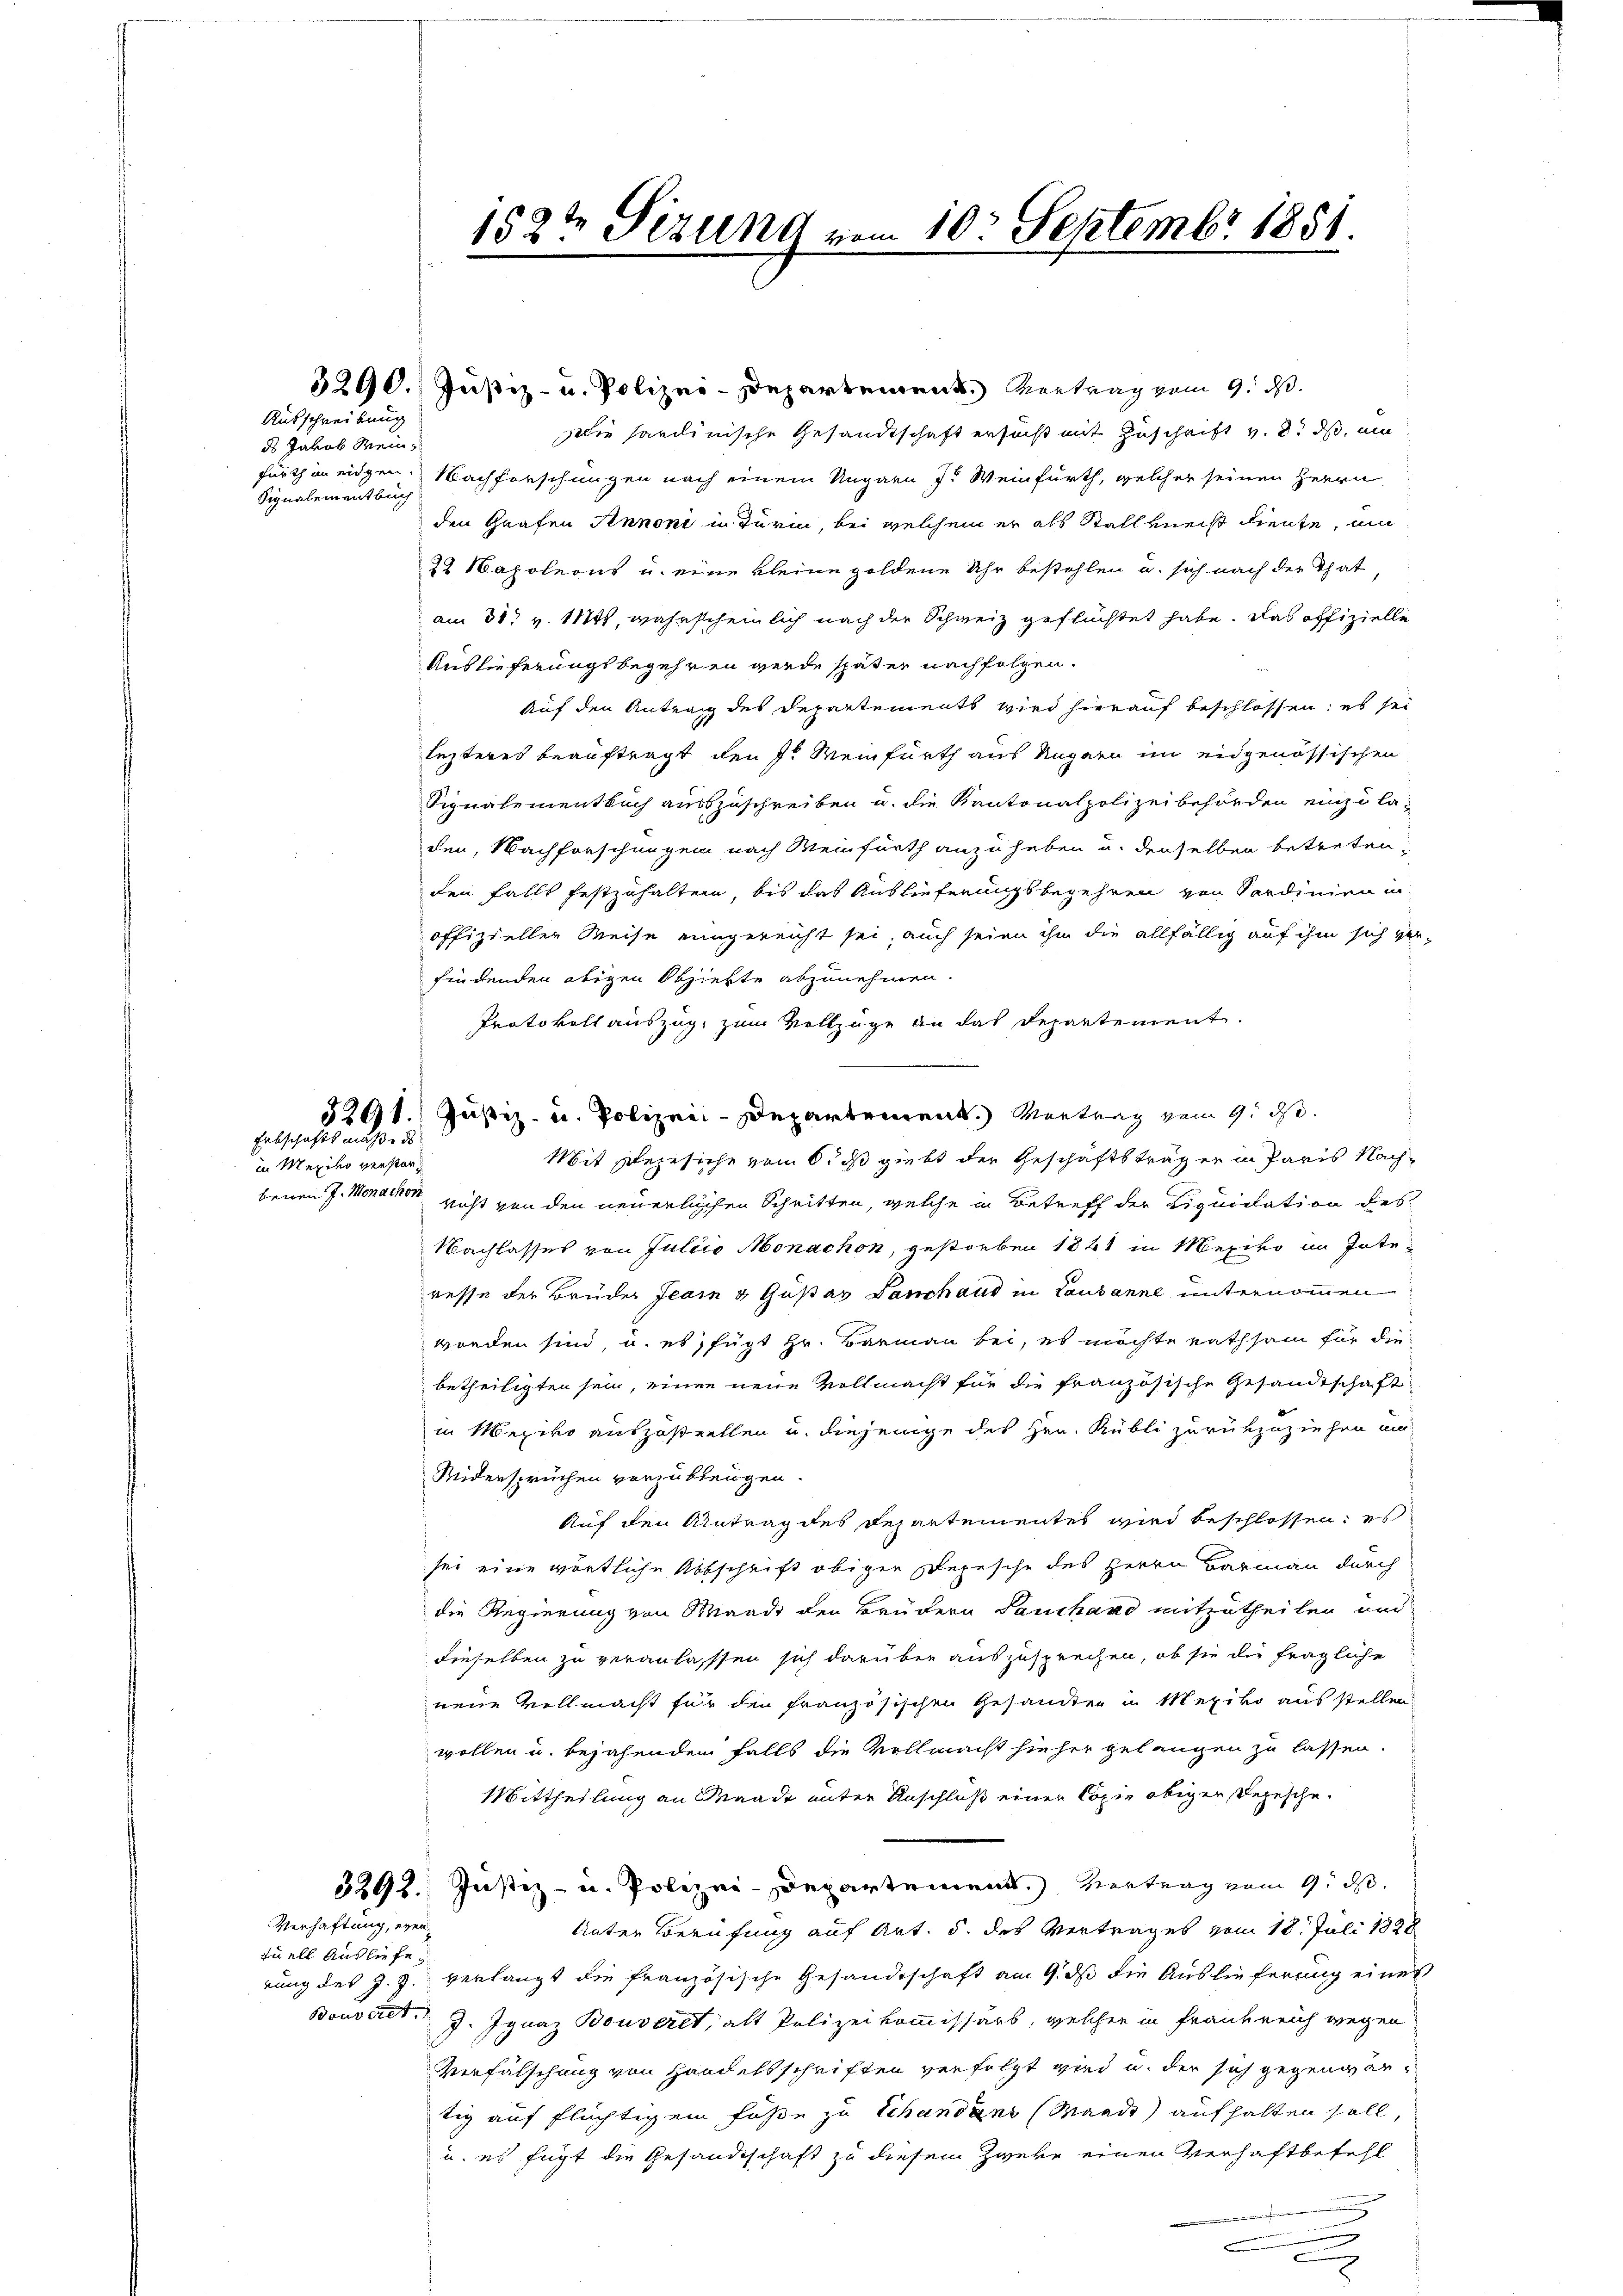
Ausschreibung
ds Jakob Mein
Signalementbuch

3291.
Erbschaftsmaße des
in Mexiko verstor¬

3290. Justiz- u. Polizei-Departement. Vortrag vom 9. d.
Die sardinische Gesandtschaft ersucht mit Zuschrift v. 8. ds. ein
fürthin eidgen. Nachforschungen nach einem Ungarn J. Weinfurth, welcher seinen Herrn
den Grafen Annoni in Turin, bei welchem er als Stall verst diente, ein
22 Napoleons u. eine kleine goldene Uhr bestohlen u. sich nach der That,
am 31. v. 112ts, wahrscheinlich nach der Schweiz geflüchtet habe. Das offizielle
Auslieferungsbegehren werde später nachfolgen.
Auf den Antrag des Departements wird hierauf beschlossen; es sei
lezteres beauftragt den J. Weinfurth aus Ungarn im eidgenössischen
Signalementbuch auszuschreiben u. die Kantonalpolizeibehörden einzula-
den, Nachforschungen nach Meinfürth anzuheben u. denselben betreten,
den falls festzuhalten, bis das Auslieferungsbegehren von Sardinien in
offizieller Weise eingereicht sei, auch seien ihm die allfällig auf ihm sich ver-
findenden obigen Obziehte abzunehmen.
Protokoll auszug, zum Vollzüge an das Departement.
Justiz- u. Polizeii-Departement. Vertrag vom 9. ds.
Mit Ehegesiche vom 6. ds giebt der Geschäftstrag er in Paris Nachbenen J. Monathes nicht von den neuerlichen Schritten, welche in Betreff der Liquidation des
Nachlasses von Juliio Monachon, gestorben 1841 in Mexivo im Inte-
resse der Brüder Jean & Gustav Panschaus in Lausanne unternommen
worden sind, u. es, fügt Hr. Barmann bei, es möchte rathsam für diebetheiligten sein, einen neue Vollmacht für die französische Gesandtschaft
in Mezivo auszustrellen u. diejenige des Hrn. Kübli zurükzuziehen un
Widersprüchen vorzubeugen.
Auf den Antrag des Departementes wird beschlossen; es
sei eine wörtliche Abbschrift obiger Depesche des Herrn Barmann durch
die Regierung von Waadt den Brüdern Lauchard mitzutheilen und
dieselben zu veranlasssen sich darüber auszusprechen, ob sie die fragliche
neue Vollmacht für den französischen Gesandten in Mexivo aus stellen,
wollen u. bejahenden Falls die Vollmacht hieher gelangen zu lassen.
Mittheilung an Gnade unter Anschluß einer Copie obigen Depesche,
3292. Justiz- u. Polizei-Departement. Vertrag vom 9. d.
Unter Berufung auf Art. 5. des Vertrages vom 18. Juli 1828
rung des J. J. verlangt die französische Gesandtschaft am 9. ds die Auslieferung einer
Bouverst J. Ignaz Bouverit, alt Polizeikommissars, welcher in Frankreich wegen
Verfälschung von Handelsschriften verfolgt wird u. der sich gegenwärtig auf flüchtigem Fuße zu Schandans (Waadt) aufhalten soll,
u. es fügt die Gesandtschaft zu diesem Zweke einen Verhaftbefehl
.

Verhaftung, even
tuell Ausliefe

1522 Sizung vom 10. Septembr 1851.

d